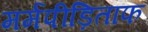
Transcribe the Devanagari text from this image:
मर्मपीड़िताफ